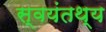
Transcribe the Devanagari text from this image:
स्वयंतथ्‌य